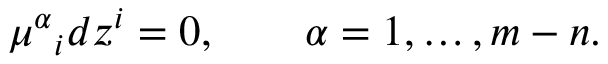
\mu ^ { \alpha } { } _ { i } d z ^ { i } = 0 , \qquad \alpha = 1 , \ldots , m - n .